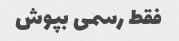
فقط رسمی بپوش